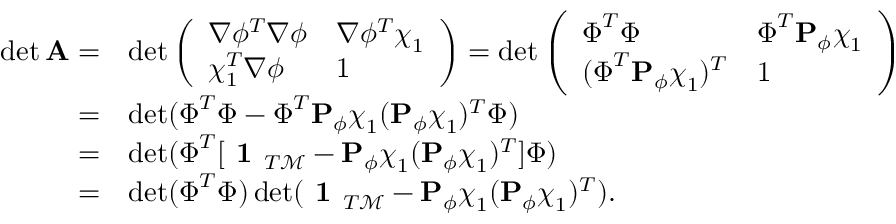
\begin{array} { r l } { \operatorname* { d e t } { \bf A } = } & { \operatorname* { d e t } \left( \begin{array} { l l } { \nabla \phi ^ { T } \nabla \phi } & { \nabla \phi ^ { T } \boldsymbol { \chi } _ { 1 } } \\ { \boldsymbol { \chi } _ { 1 } ^ { T } \nabla \phi } & { 1 } \end{array} \right) = \operatorname* { d e t } \left( \begin{array} { l l } { \boldsymbol { \Phi } ^ { T } \boldsymbol { \Phi } } & { \boldsymbol { \Phi } ^ { T } { \bf P } _ { \phi } \boldsymbol { \chi } _ { 1 } } \\ { ( \boldsymbol { \Phi } ^ { T } { \bf P } _ { \phi } \boldsymbol { \chi } _ { 1 } ) ^ { T } } & { 1 } \end{array} \right) } \\ { = } & { \operatorname* { d e t } ( \boldsymbol { \Phi } ^ { T } \boldsymbol { \Phi } - \boldsymbol { \Phi } ^ { T } { \bf P } _ { \phi } \boldsymbol { \chi } _ { 1 } ( { \bf P } _ { \phi } \boldsymbol { \chi } _ { 1 } ) ^ { T } \boldsymbol { \Phi } ) } \\ { = } & { \operatorname* { d e t } ( \boldsymbol { \Phi } ^ { T } [ \textbf { 1 } _ { T \mathcal M } - { \bf P } _ { \phi } \boldsymbol { \chi } _ { 1 } ( { \bf P } _ { \phi } \boldsymbol { \chi } _ { 1 } ) ^ { T } ] \boldsymbol { \Phi } ) } \\ { = } & { \operatorname* { d e t } ( \boldsymbol { \Phi } ^ { T } \boldsymbol { \Phi } ) \operatorname* { d e t } ( \textbf { 1 } _ { T \mathcal M } - { \bf P } _ { \phi } \boldsymbol { \chi } _ { 1 } ( { \bf P } _ { \phi } \boldsymbol { \chi } _ { 1 } ) ^ { T } ) . } \end{array}